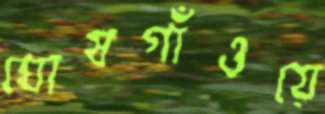
ঘোষগাঁওয়ে